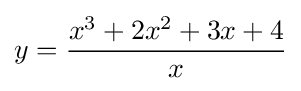
y={\frac {x^{3}+2x^{2}+3x+4}{x}}